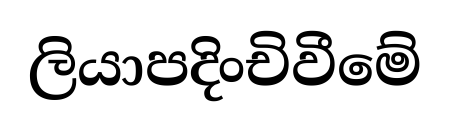
ලියාපදිංචිවීමේ